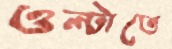
ওল্টাতে